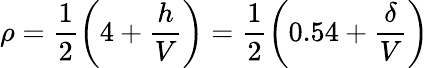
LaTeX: \rho=\frac{1}{2}\left(4+\frac{h}{V}\right)=\frac{1}{2}\left(0.54+\frac{\delta}{V}\right)